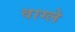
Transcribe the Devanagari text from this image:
वाग्ले